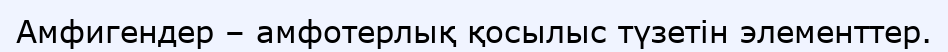
Амфигендер – амфотерлық қосылыс түзетін элементтер.